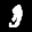
Label: 3